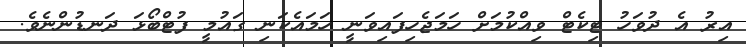
އިރު އެ ދުވަހު ޓިކެޓް ވިއްކުމަށް ހަމަޖެހިފައިވަނީ ހަމައެކަނި ގައުމީ ފުޓްބޯޅަ ދަނޑުންނެވެ.